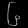
Digit: ၆